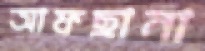
আফছানা